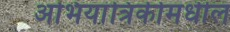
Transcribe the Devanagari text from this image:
अभियांत्रिकीमधील